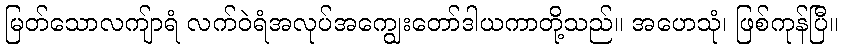
မြတ်သောလကျ်ာရံ လက်ဝဲရံအလုပ်အကျွေးတော်ဒါယကာတို့သည်။ အဟေသုံ၊ ဖြစ်ကုန်ပြီ။